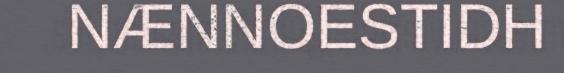
NÆNNOESTIDH